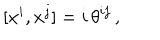
[ x ^ { i } , x ^ { j } ] = i \, \theta ^ { i j } \, ,